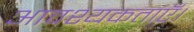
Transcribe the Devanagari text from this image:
आवश्यकताएँ।